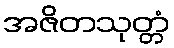
အဇိတသုတ္တံ